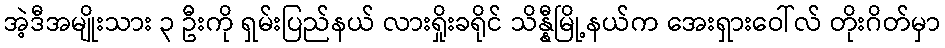
အဲ့ဒီအမျိုးသား ၃ ဦးကို ရှမ်းပြည်နယ် လားရှိုးခရိုင် သိန္နီမြို့နယ်က အေးရှားဝေါ်လ် တိုးဂိတ်မှာ